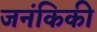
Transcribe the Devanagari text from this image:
जनंकिकी